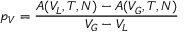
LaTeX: p _ { V } = { \frac { A ( V _ { L } , T , N ) - A ( V _ { G } , T , N ) } { V _ { G } - V _ { L } } }